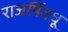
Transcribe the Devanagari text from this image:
राजर्षिवधू